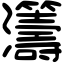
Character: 𤅕